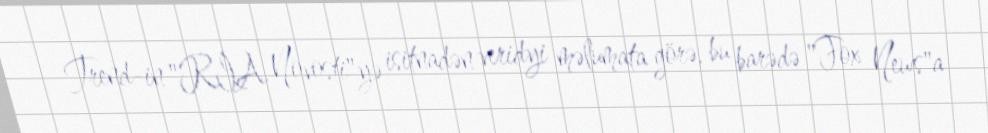
Trend-in "RİA Novosti"yə isitnadən veridyi məlumata görə, bu barədə "Fox News"a